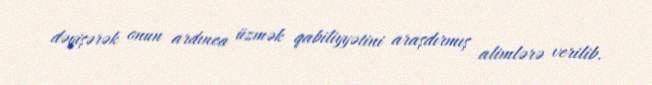
dəyişərək onun ardınca üzmək qabiliyyətini araşdırmış alimlərə verilib.